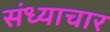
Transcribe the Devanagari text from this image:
संध्याचार